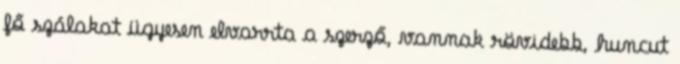
fő szálakat ügyesen elvarrta a szerző, vannak rövidebb, huncut